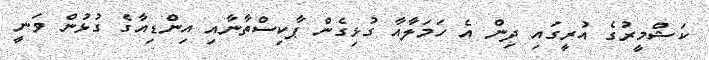
ކަޝްމީރުގެ އުރީގައި ދިން އެ ހަމަލާއާ ގުޅިގެން ޕާކިސްތާނާއި އިންޑިއާގެ ގުޅުން ވަނީ